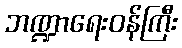
ဘဏ္ဍာရေးဝန်ကြီး